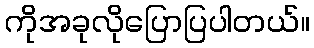
ကိုအခုလိုပြောပြပါတယ်။